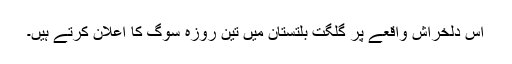
اس دلخراش واقعے پر گلگت بلتستان میں تین روزہ سوگ کا اعلان کرتے ہیں۔